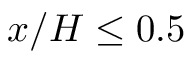
x / H \leq 0 . 5